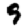
Digit: 9